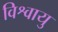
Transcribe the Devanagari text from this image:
विश्वायु